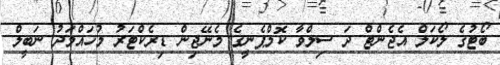
ބޯޓުގެ ލޯކަލް އެޖެންޓް ދަ ސިލްވާ ކޮމްޕެނީގެ މެނޭޖިން ޑިރެކްޓަރު މުހައްމަދު ނަބީލް